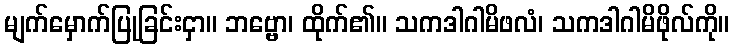
မျက်မှောက်ပြုခြင်းငှာ။ ဘဗ္ဗော၊ ထိုက်၏။ သကဒါဂါမိဖလံ၊ သကဒါဂါမိဖိုလ်ကို။